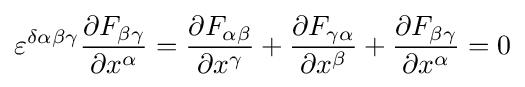
\varepsilon ^{\delta \alpha \beta \gamma }{\dfrac {\partial F_{\beta \gamma }}{\partial x^{\alpha }}}={\dfrac {\partial F_{\alpha \beta }}{\partial x^{\gamma }}}+{\dfrac {\partial F_{\gamma \alpha }}{\partial x^{\beta }}}+{\dfrac {\partial F_{\beta \gamma }}{\partial x^{\alpha }}}=0